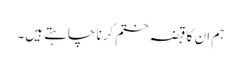
ہم ان کا قبضہ ختم کرنا چاہتے ہیں۔